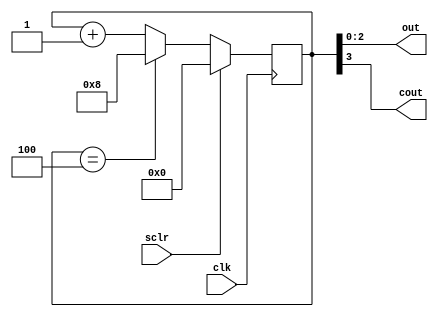
module counter_3bm5 (
	input clk,
	input sclr,
	output [2:0] out,
	output cout
	);
	
	// This module is a 4-bit counter with synchronous clear

	// Instantiate register that will count
	reg [3:0] count;

	// Initialize the register
	initial
		count = 4'b0000;

	// Assign outputs
	assign out = count[2:0];
	assign cout = count[3];

	// State machine:
	always @(posedge clk)
	begin
		// Synchronous clear and Modulus
		if (sclr == 1'b1)
			count = 4'b0000;
		// Cout management
		else if (count == 4'b0100)
		begin
			count = 4'b1000;
		end
		// Else count up
		else
			count = count + 1'b1;
	end

endmodule